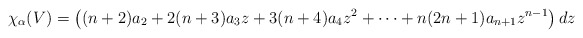
\begin{align*}\chi_{\alpha}(V) = \left((n+2)a_2 + 2(n+3)a_3z + 3(n+4)a_4z^2 + \cdots + n(2n+1)a_{n+1}z^{n-1}\right)dz\end{align*}